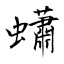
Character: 蠨